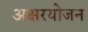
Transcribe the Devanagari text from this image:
अक्षरयोजन